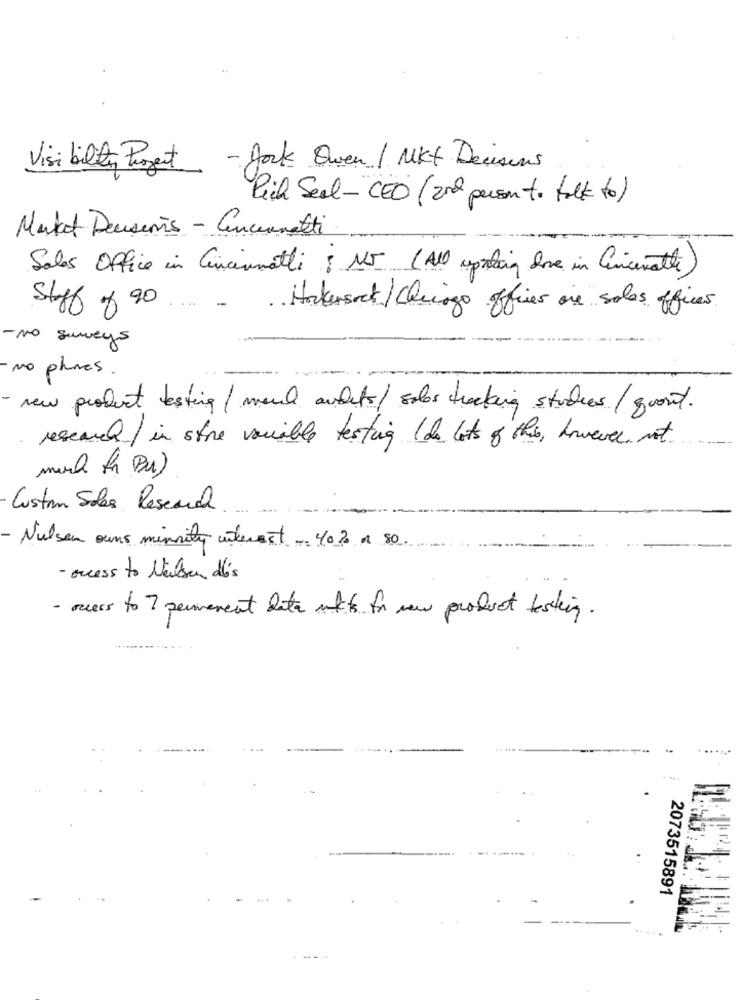
Visi bility Project - Jock Owen / Mkt Dersims
Pich Seal-CED ( 2nd person to talk to)
Market Deusions - Concernetti
Sales Office in Cincinnati ; NO (All upring one in Cincinati
staff of 20
....
Hatersact/Chungo ofices one sales offices
- No surveys
- No phones .
new product testing / mand audits/ sales tracking studies / quant.
research / in store variable testing ( de lots of this, however, not.
much for Bu)
Custom Soles Research
Nulson owns minuity interest. 40% a 50
- access to Nelson dés
- ours to 7 permanent data mkt for new product testing.
2073515891